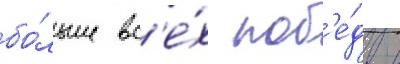
бо́льше вс'е́х поб'е́д в